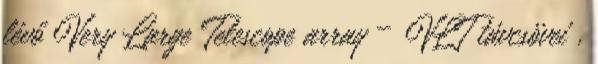
lévő Very Large Telescope array – VLT távcsövei .